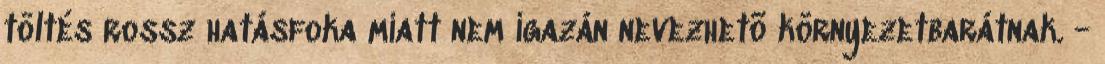
töltés rossz hatásfoka miatt nem igazán nevezhetõ környezetbarátnak. -